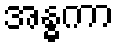
အန္ဓကာ